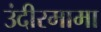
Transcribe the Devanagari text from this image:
उंदीरमामा